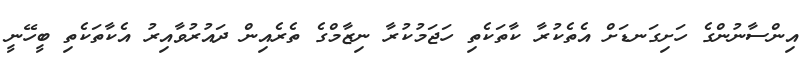
އިންސާނުންގެ ހަށިގަނޑަށް އެތެކުރާ ކާތަކެތި ހަޖަމުކުރާ ނިޒާމްގެ ތެރެއިން ދައުރުވާއިރު އެކާތަކެތި ބީހޭނީ